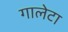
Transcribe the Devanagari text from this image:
गालेटा